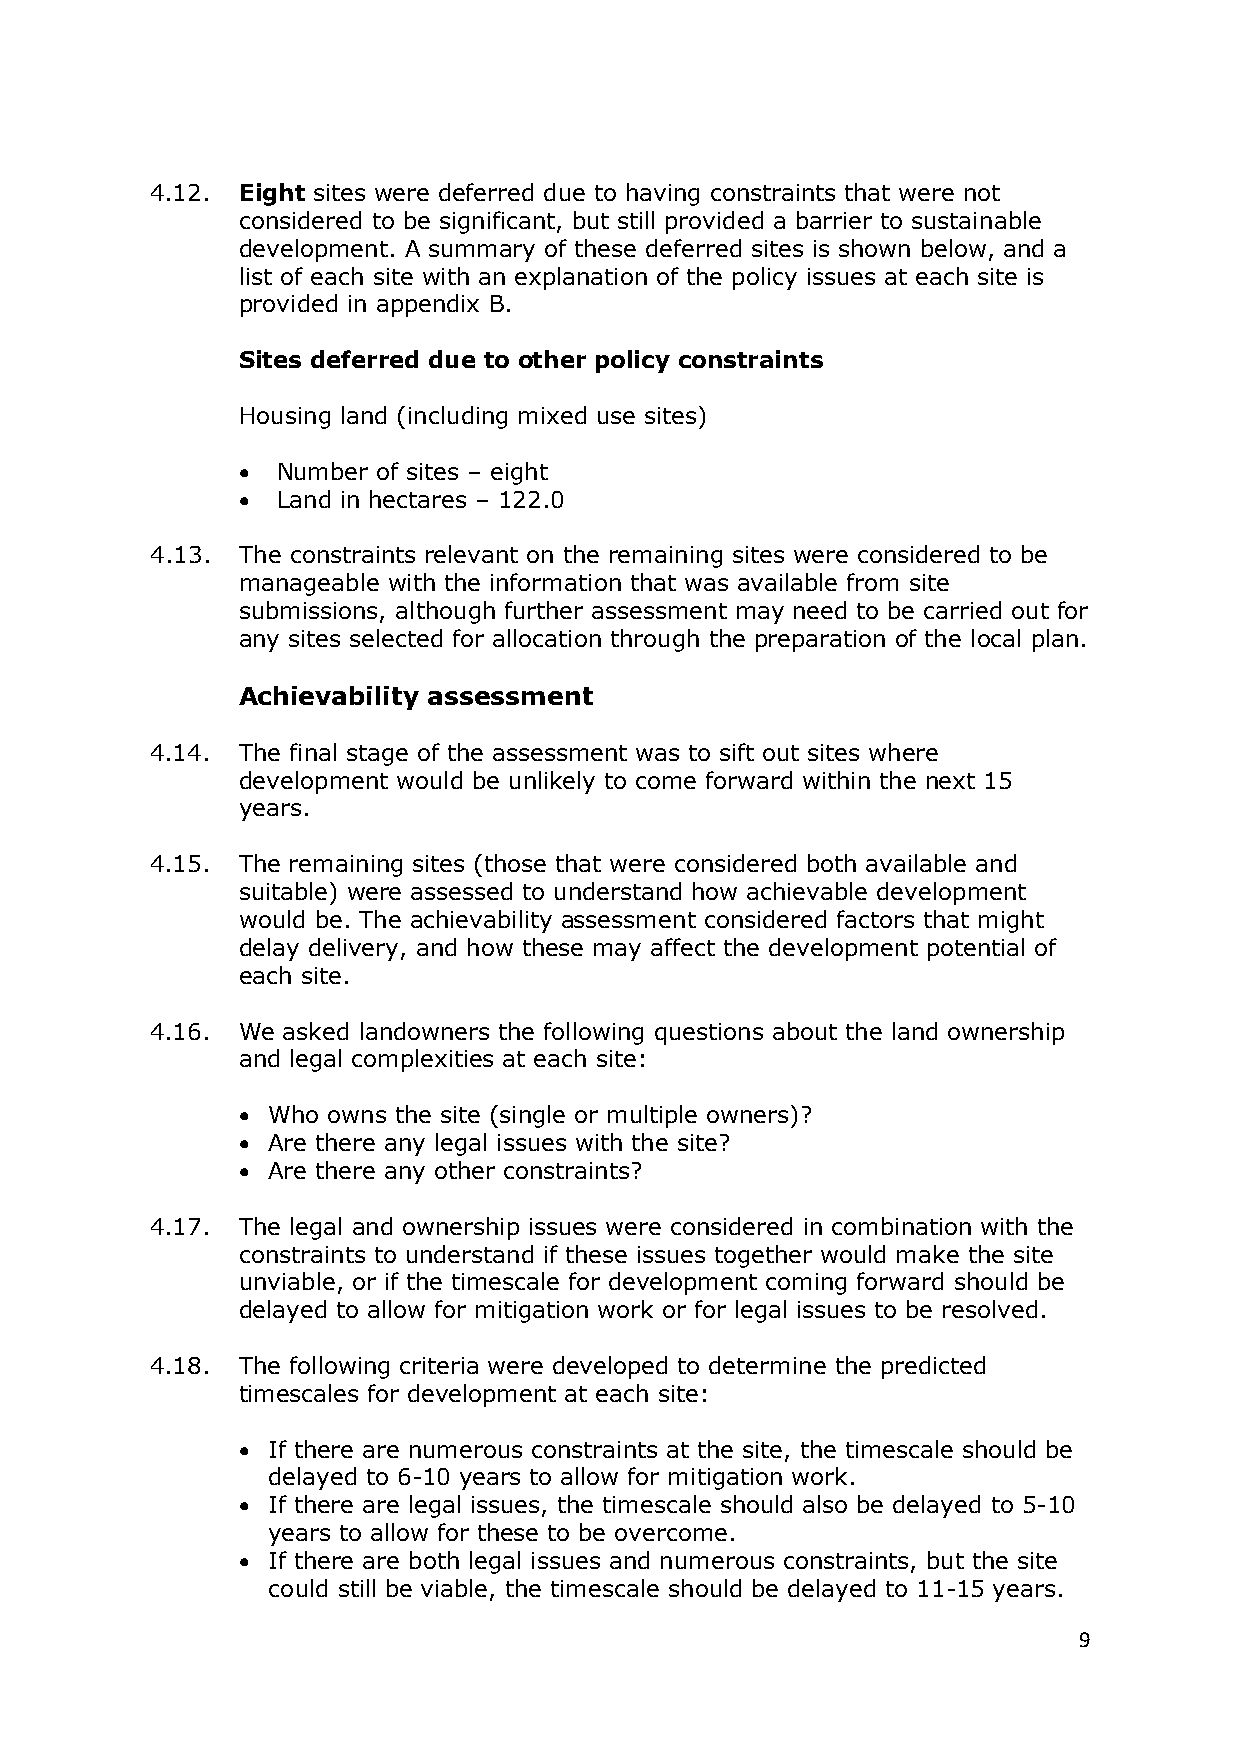
4.12. Eight sites were deferred due to having constraints that were not
 considered to be significant, but still provided a barrier to sustainable
 development. A summary of these deferred sites is shown below, and a
 list of each site with an explanation of the policy issues at each site is
 provided in appendix B.
 Sites deferred due to other policy constraints
 Housing land (including mixed use sites)
 • Number of sites – eight
 • Land in hectares – 122.0
 4.13. The constraints relevant on the remaining sites were considered to be
 manageable with the information that was available from site
 submissions, although further assessment may need to be carried out for
 any sites selected for allocation through the preparation of the local plan.
 Achievability assessment
 4.14. The final stage of the assessment was to sift out sites where
 development would be unlikely to come forward within the next 15
 years.
 4.15. The remaining sites (those that were considered both available and
 suitable) were assessed to understand how achievable development
 would be. The achievability assessment considered factors that might
 delay delivery, and how these may affect the development potential of
 each site.
 4.16. We asked landowners the following questions about the land ownership
 and legal complexities at each site:
 • Who owns the site (single or multiple owners)?
 • Are there any legal issues with the site?
 • Are there any other constraints?
 4.17. The legal and ownership issues were considered in combination with the
 constraints to understand if these issues together would make the site
 unviable, or if the timescale for development coming forward should be
 delayed to allow for mitigation work or for legal issues to be resolved.
 4.18. The following criteria were developed to determine the predicted
 timescales for development at each site:
 • If there are numerous constraints at the site, the timescale should be
 delayed to 6-10 years to allow for mitigation work.
 • If there are legal issues, the timescale should also be delayed to 5-10
 years to allow for these to be overcome.
 • If there are both legal issues and numerous constraints, but the site
 could still be viable, the timescale should be delayed to 11-15 years.
 9